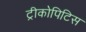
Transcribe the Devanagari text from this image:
ट्रीकोपिटिस